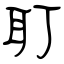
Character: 耵